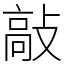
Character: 敲